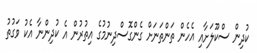
ކުދިން ސްކޫލަށާއި އެހެން ތަންތަނަށް ގެންގޮސްދިނުމުގެ އިތުރުން އެ ކުދިންނާ އެކު ވަގުތު